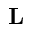
\mathbf { L }